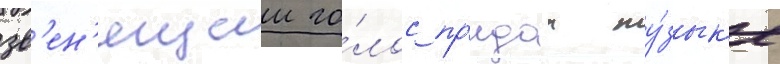
зв'ен'ящии го́лос пр'идал му́зык'е